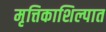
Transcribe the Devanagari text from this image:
मृत्तिकाशिल्पात